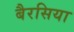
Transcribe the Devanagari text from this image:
बैरसिया